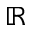
\mathbb { R }